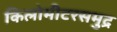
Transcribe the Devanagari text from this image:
किलोमीटरसमुद्र